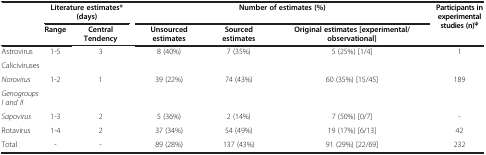
| <ROWSPAN=2>  | <COLSPAN=2> Literature estimates* (days) | <COLSPAN=3> Number of estimates (%) | <ROWSPAN=2> Participants in experimental studies (n)ψ |
 | Range | Central Tendency | Unsourced estimates | Sourced estimates | Original estimates [experimental/observational] |
 | --- | --- | --- | --- | --- | --- | --- |
 | Astrovirus | 1-5 | 3 | 8 (40%) | 7 (35%) | 5 (25%) [1/4] | 1 |
 | <COLSPAN=7> Caliciviruses |
 | Norovirus | <ROWSPAN=2> 1-2 | <ROWSPAN=2> 1 | <ROWSPAN=2> 39 (22%) | <ROWSPAN=2> 74 (43%) | <ROWSPAN=2> 60 (35%) [15/45] | <ROWSPAN=2> 189 |
 | Genogroups I and II |
 | Sapovirus | 1-3 | 2 | 5 (36%) | 2 (14%) | 7 (50%) [0/7] | - |
 | Rotavirus | 1-4 | 2 | 37 (34%) | 54 (49%) | 19 (17%) [6/13] | 42 |
 | Total | - | - | 89 (28%) | 137 (43%) | 91 (29%) [22/69] | 232 |